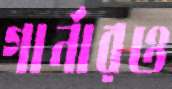
গার্নারও